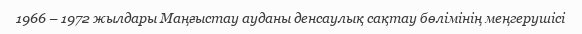
1966 – 1972 жылдары Маңғыстау ауданы денсаулық сақтау бөлімінің меңгерушісі